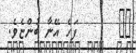
٢٤       ފަހެ އޭނާ ބުންޏެވެ.